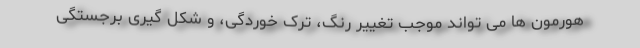
هورمون ها می تواند موجب تغییر رنگ، ترک خوردگی، و شکل گیری برجستگی